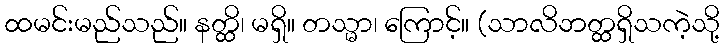
ထမင်းမည်သည်။ နတ္ထိ၊ မရှိ။ တသ္မာ၊ ကြောင့်။ (သာလိဘတ္ထရှိသကဲ့သို့